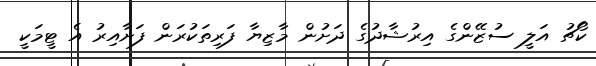
ކޯޗު އަލީ ސުޒޭންގެ އިރުޝާދުގެ ދަށުން މާޒިޔާ ފަރިތަކުރަން ފަށާއިރު އެ ޓީމަކީ